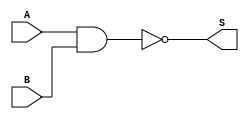
// Modulo da porta NAND
module NAND(input A, input B,
            output S);
    assign S = ~(A & B);
endmodule

// Modulo da porta NOT
module NOT(input A, 
        output S);
    NAND NAND1(A, A, S);
endmodule

// Modulo de testes
module teste();
    reg A;
    wire S;
    NOT NOT1(A, S);
    
    initial begin
        $display("A S");
        $monitor("%b %b", A, S);
        A = 0; // 0
        #1 A = 1; // 1
    end
endmodule